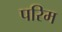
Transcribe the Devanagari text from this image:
परिम